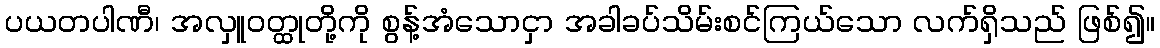
ပယတပါဏီ၊ အလှူဝတ္ထုတို့ကို စွန့်အံသောငှာ အခါခပ်သိမ်းစင်ကြယ်သော လက်ရှိသည် ဖြစ်၍။